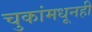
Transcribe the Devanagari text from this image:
चुकांमधूनही